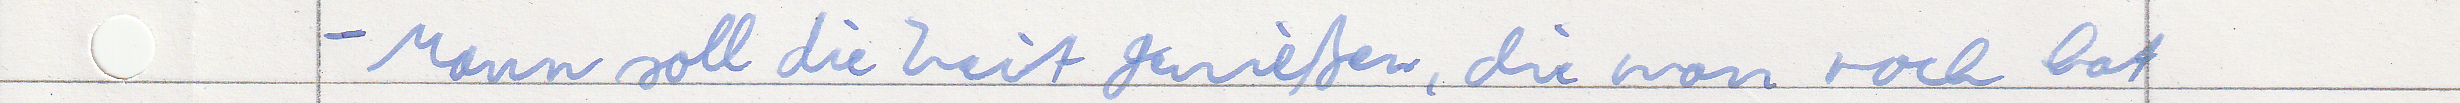
- Mann soll die Zeit genießen, die man noch hat